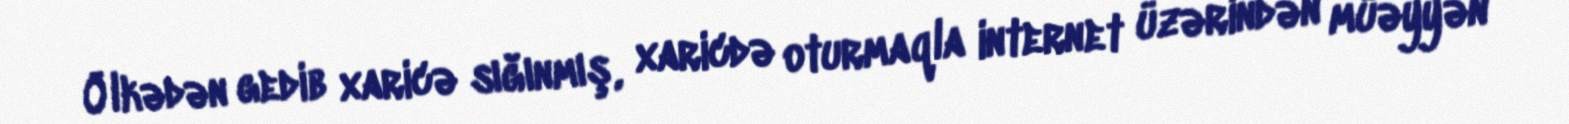
Ölkədən gedib xaricə sığınmış, xaricdə oturmaqla internet üzərindən müəyyən